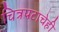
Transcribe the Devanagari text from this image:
चित्रपटाचेही